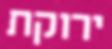
ירוקת